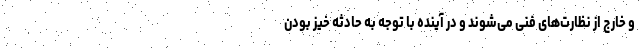
و خارج از نظارت‌های فنی می‌شوند و در آینده با توجه به حادثه خیز بودن